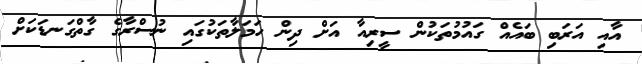
އާއި އަރަބި ބައެއް ގައުމުތަކުން ސީރިއާ އަށް ދިން ހަމަލާތަކުގައި ނުސްރާގެ ގާތްގަނޑަކަށް